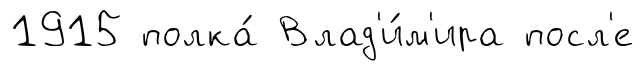
1915 полка́ Влад'и́м'ира посл'е